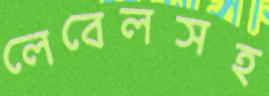
লেবেলসহ